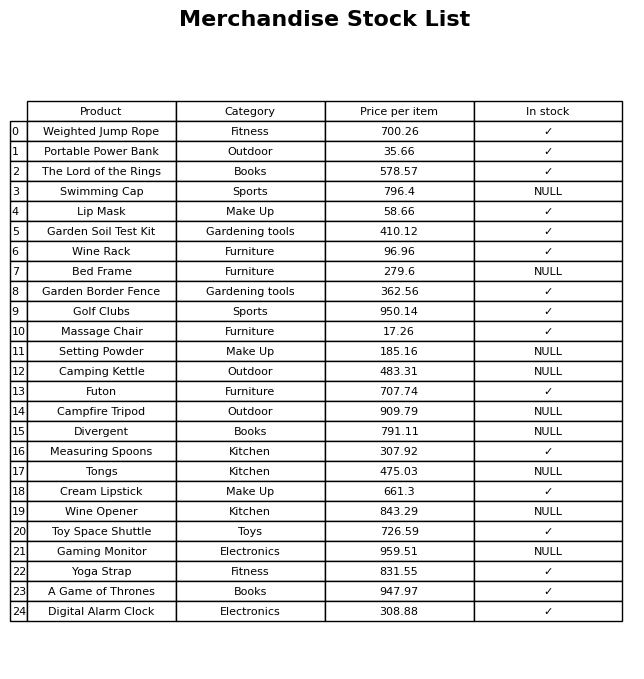
question: What is the stock status of the Massage Chair?
answer: ✓